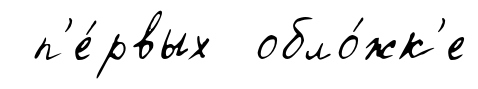
п'е́рвых обло́жк'е